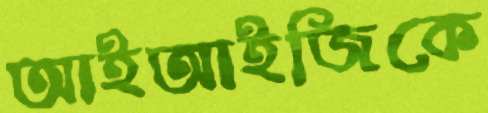
আইআইজিকে